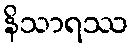
နိသာရဿ